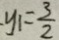
y _ { 1 } = \frac { 3 } { 2 }